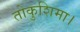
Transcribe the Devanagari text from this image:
तोकुशिमा।